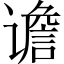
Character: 谵